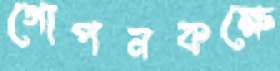
গোপনকক্ষে